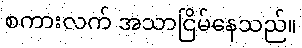
စကားလက် အသာငြိမ်နေသည်။